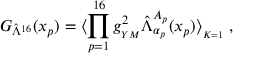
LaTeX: G _ { \hat { \Lambda } ^ { 1 6 } } ( x _ { p } ) = \langle \prod _ { p = 1 } ^ { 1 6 } g _ { _ { Y M } } ^ { 2 } \hat { \Lambda } _ { \alpha _ { p } } ^ { A _ { p } } ( x _ { p } ) \rangle _ { _ { K = 1 } } \; ,